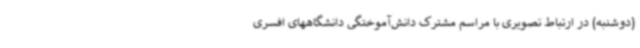
(دوشنبه) در ارتباط تصویری با مراسم مشترک دانش‌آموختگی دانشگاههای افسری